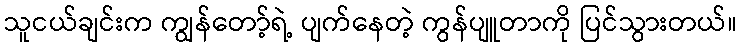
သူငယ်ချင်းက ကျွန်တော့်ရဲ့ ပျက်နေတဲ့ ကွန်ပျူတာကို ပြင်သွားတယ်။